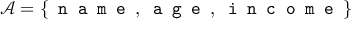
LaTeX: { \mathcal { A } } = \{ { \texttt { n a m e } } , { \texttt { a g e } } , { \texttt { i n c o m e } } \}